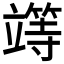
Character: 𥪸